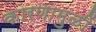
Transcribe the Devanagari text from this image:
कारणामुळीं